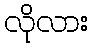
လိုလား